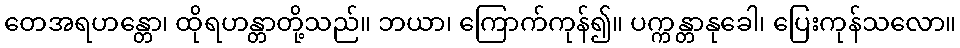
တေအရဟန္တော၊ ထိုရဟန္တာတို့သည်။ ဘယာ၊ ကြောက်ကုန်၍။ ပက္ကန္တာနုခေါ၊ ပြေးကုန်သလော။